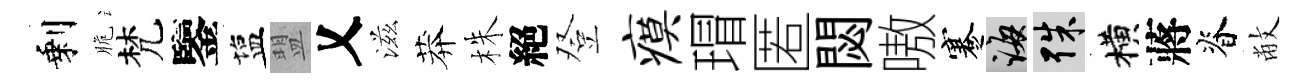
剩脆梵鑒塩盟乂滋莽株絕登瘼瑁匿閟嗷蹇誨殊横蔣脊敝